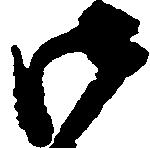
御